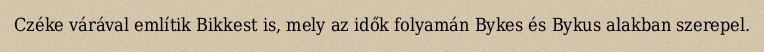
Czéke várával említik Bikkest is, mely az idők folyamán Bykes és Bykus alakban szerepel.